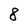
Character: 8